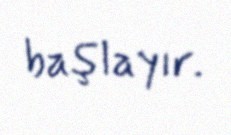
başlayır.